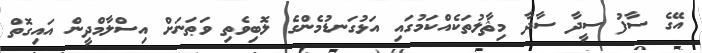
އޭގެ ސާފު ސީދާ ސާދާ މިޘާލުތަކެއްކަމުގައި އަޅުގަނޑުމެންގެ ލޮބިވެތި ވަޠަނަށް އިސްލާމްދީން އައިގޮތް